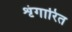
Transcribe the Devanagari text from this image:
शृंगारित